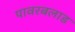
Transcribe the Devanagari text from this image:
पावरबलाड